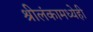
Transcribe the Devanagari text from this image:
श्रीलंकामध्येही